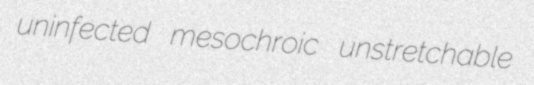
uninfected mesochroic unstretchable